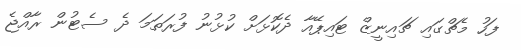
ފަހު މެޗްގައި ޗައިނީޒް ޓައިޕޭއާ ދެކޮޅަށް ކުޅުނު ފުރަތަމަ ދެ ސެޓުން ރާއްޖެ